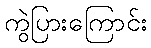
ကွဲပြားကြောင်း